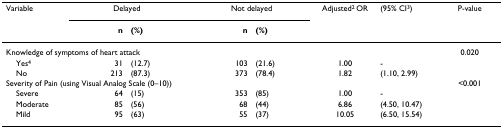
<table><thead><tr><td><b>Variable</b></td><td colspan="2"><b>Delayed</b></td><td colspan="2"><b>Not delayed</b></td><td><b>Adjusted<sup>2 </sup>OR</b></td><td><b>(95% CI<sup>3</sup>)</b></td><td><b>P-value</b></td></tr><tr><td></td><td><b>n</b></td><td><b>(%)</b></td><td><b>n</b></td><td><b>(%)</b></td><td></td><td></td><td></td></tr></thead><tbody><tr><td colspan="7">Knowledge of symptoms of heart attack</td><td>0.020</td></tr><tr><td> Yes<sup>4</sup></td><td>31</td><td>(12.7)</td><td>103</td><td>(21.6)</td><td>1.00</td><td>-</td><td></td></tr><tr><td> No</td><td>213</td><td>(87.3)</td><td>373</td><td>(78.4)</td><td>1.82</td><td>(1.10, 2.99)</td><td></td></tr><tr><td colspan="7">Severity of Pain (using Visual Analog Scale (0–10))</td><td>&lt;0.001</td></tr><tr><td> Severe</td><td>64</td><td>(15)</td><td>353</td><td>(85)</td><td>1.00</td><td>-</td><td></td></tr><tr><td> Moderate</td><td>85</td><td>(56)</td><td>68</td><td>(44)</td><td>6.86</td><td>(4.50, 10.47)</td><td></td></tr><tr><td> Mild</td><td>95</td><td>(63)</td><td>55</td><td>(37)</td><td>10.05</td><td>(6.50, 15.54)</td><td></td></tr></tbody></table>